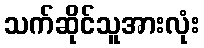
သက်ဆိုင်သူအားလုံး